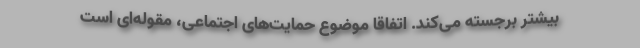
بیشتر برجسته می‌کند. اتفاقاً موضوع حمایت‌های اجتماعی، مقوله‌ای است